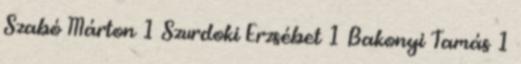
Szabó Márton 1 Szurdoki Erzsébet 1 Bakonyi Tamás 1